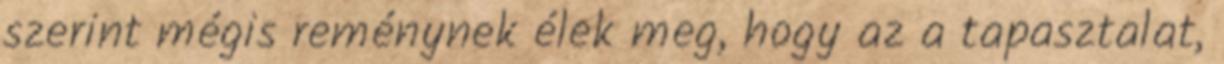
szerint mégis reménynek élek meg, hogy az a tapasztalat,